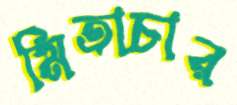
মিতাচার